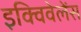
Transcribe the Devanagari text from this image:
इक्विवेलेंस